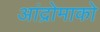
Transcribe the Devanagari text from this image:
आंद्रोमाको